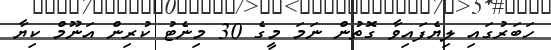
ހަބަރުގައި ލިޔެފައިވާ ގޮތުން ނަމަ މީގެ 30 މިނެޓު ކުރިން އަނޫމް ކިޔާ